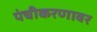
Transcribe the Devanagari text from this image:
पंचीकरणावर